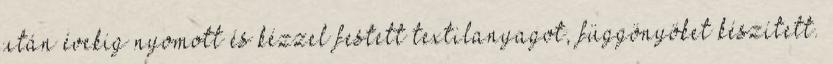
után évekig nyomott és kézzel festett textilanyagot, függönyöket készített.